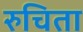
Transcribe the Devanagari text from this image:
रुचिता